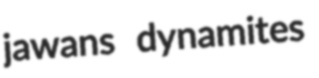
jawans dynamites